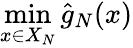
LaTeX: \operatorname*{min}_{x\in X_{N}}{\hat{g}}_{N}(x)